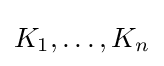
K_{1},\dots ,K_{n}